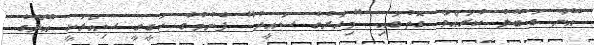
އޭނާ ގަބޫލު ކުރައްވާ ގޮތުގައި "މިހާރުގެ ސައީދު" ފެނުމުގެ ހަގީގީ ސިއްރަކީ އޭނާގެ